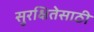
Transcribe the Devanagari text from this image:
सुरक्षितेसाठी